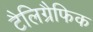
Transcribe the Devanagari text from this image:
टैलिग्रैफिक